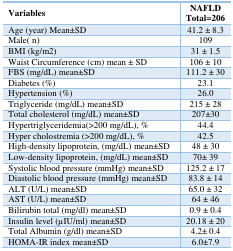
<table><thead><tr><td><b>Variables</b></td><td><b>NAFLD Total=206</b></td></tr></thead><tbody><tr><td>Age (year) Mean±SD</td><td>41.2 ± 8.3</td></tr><tr><td>Male( n)</td><td>109</td></tr><tr><td>BMI (kg/m2)</td><td>31 ± 1.5</td></tr><tr><td>Waist Circumference (cm) mean ± SD</td><td>106 ± 10</td></tr><tr><td>FBS (mg/dL) mean±SD</td><td>111.2 ± 30</td></tr><tr><td>Diabetes (%)</td><td>23.1</td></tr><tr><td>Hypertension (%)</td><td>26.0</td></tr><tr><td>Triglyceride (mg/dL) mean±SD</td><td>215 ± 28</td></tr><tr><td>Total cholesterol (mg/dL) mean±SD</td><td>207±30</td></tr><tr><td>Hypertriglyceridemia(&gt;200 mg/dL), %</td><td>44.4</td></tr><tr><td>Hyper cholostremia (&gt;200 mg/dL), %</td><td>42.5</td></tr><tr><td>High-density lipoprotein, (mg/dL) mean±SD</td><td>48 ± 30</td></tr><tr><td>Low-density lipoprotein, (mg/dL) mean±SD</td><td>70± 39</td></tr><tr><td>Systolic blood pressure (mmHg) mean±SD</td><td>125.2 ± 17</td></tr><tr><td>Diastolic blood pressure (mmHg) mean±SD</td><td>83.8 ± 14</td></tr><tr><td>ALT (U/L) mean±SD</td><td>65.0 ± 32</td></tr><tr><td>AST (U/L) mean±SD</td><td>64 ± 46</td></tr><tr><td>Bilirubin total (mg/dl) mean±SD</td><td>0.9 ± 0.4</td></tr><tr><td>Insulin level (μIU/ml) mean±SD</td><td>20.18 ± 20</td></tr><tr><td>Total Albumin (g/dl) mean±SD</td><td>4.2± 0.4</td></tr><tr><td>HOMA-IR index mean±SD</td><td>6.0±7.9</td></tr></tbody></table>